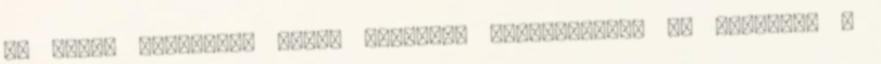
év alatt mégiscsak közel kerülnek valamennyire az emberhez a